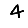
Digit: 4